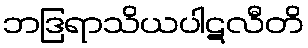
ဘဒြရာသိယပါဋလီတိ